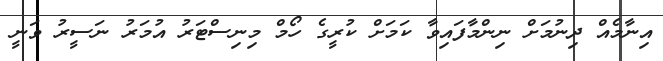
އިނާމެއް ދިނުމަށް ނިންމާފައިވާ ކަމަށް ކުރީގެ ހޯމް މިނިސްޓަރު އުމަރު ނަސީރު ވަނީ